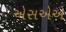
એસએએ